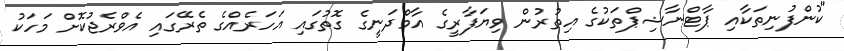
"ކުންފުނިތަކާއި ޕާޓްނާޝިޕްތަކުގެ އިތުރުން ވިޔަފާރީގެ އާމްދަނީގެ ގޮތުގައި އަހަރެއްގެ ތެރޭގައި އެވްރެޖުކޮށް މަހަކު